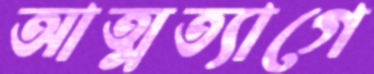
আত্মত্যাগে